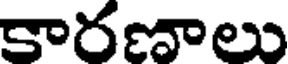
కారణాలు